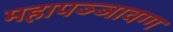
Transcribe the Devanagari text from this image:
महापञ्ञावग्ग